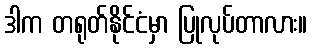
ဒါက တရုတ်နိုင်ငံမှာ ပြုလုပ်တာလား။